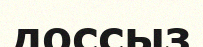
доссыз